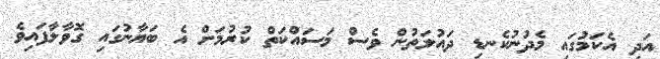
އަދި އެކަމުގައި މެދުނުކެނޑި ދައުލަތުން ވެސް މަސައްކަތް ކުރުމަށް އެ ބަޔާނުގައި ގޮވާލާފައިވެ